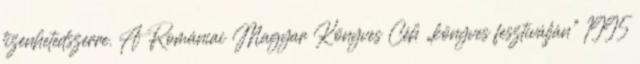
tizenhetedszerre. A Romániai Magyar Könyves Céh „könyves fesztiválján” 1995